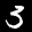
Label: 3